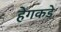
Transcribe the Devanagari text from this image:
हेगकडे